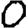
Digit: 0